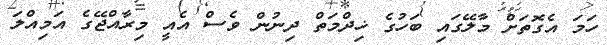
ހަމަ އެގޮތަށް މާލޭގައި ބަހުގެ ޚިދްމަތް ދިނުން ވެސް އެއީ މިރާއްޖޭގެ އަމިއްލަ